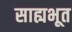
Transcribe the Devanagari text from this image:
साह्यभूत